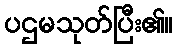
ပဌမသုတ်ပြီး၏။